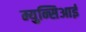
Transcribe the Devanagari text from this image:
म्युन्सिआई